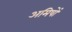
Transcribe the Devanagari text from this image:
अमिषों